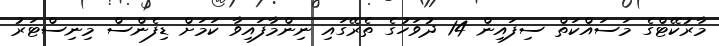
މާރުކޭޓްގެ މަސައްކަތް ސިފައިން 14 ދުވަހުގެ ތެރޭގައި ނިންމާފައިވާ ކަަމަށް ޑިފެންސް މިނިސްޓަރު